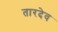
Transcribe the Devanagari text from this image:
तारदेव